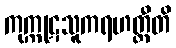
ကုက္ကုဋသူကရဟတ္ထီတိ